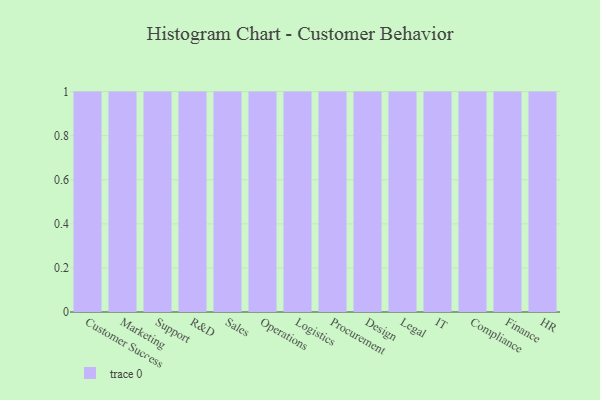
{"axis": {"x": "Department", "y": "Inventory Turnover"}, "legend": [""], "data": [{"x": "Customer Success", "y": 61, "type": ""}, {"x": "Marketing", "y": 8, "type": ""}, {"x": "Support", "y": 86, "type": ""}, {"x": "R&D", "y": 13, "type": ""}, {"x": "Sales", "y": 49, "type": ""}, {"x": "Operations", "y": 1, "type": ""}, {"x": "Logistics", "y": 49, "type": ""}, {"x": "Procurement", "y": 63, "type": ""}, {"x": "Design", "y": 80, "type": ""}, {"x": "Legal", "y": 76, "type": ""}, {"x": "IT", "y": 56, "type": ""}, {"x": "Compliance", "y": 2, "type": ""}, {"x": "Finance", "y": 25, "type": ""}, {"x": "HR", "y": 7, "type": ""}]}